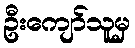
ဦးကျော်သူမှ